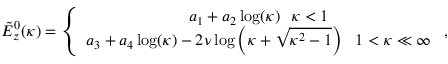
\begin{array} { r } { \tilde { E } _ { z } ^ { 0 } ( \kappa ) = \left\{ \begin{array} { c } { a _ { 1 } + a _ { 2 } \log ( \kappa ) ~ ~ \kappa < 1 } \\ { a _ { 3 } + a _ { 4 } \log ( \kappa ) - 2 \nu \log \left( \kappa + \sqrt { \kappa ^ { 2 } - 1 } \right) ~ ~ 1 < \kappa \ll \infty } \end{array} \right. , } \end{array}